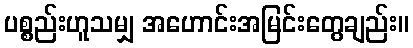
ပစ္စည်းဟူသမျှ အဟောင်းအမြင်းတွေချည်း။